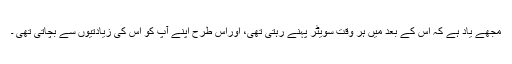
مجھے یاد ہے کہ اس کے بعد میں ہر وقت سویٹر پہنے رہتی تھی، اوراس طرح اپنے آپ کو اس کی زیادتیوں سے بچاتی تھی ۔